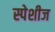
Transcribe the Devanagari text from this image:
स्पेशीज